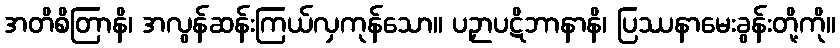
အတိစိတြာနိ၊ အလွန်ဆန်းကြယ်လှကုန်သော။ ပဉှာပဋိဘာနာနိ၊ ပြဿနာမေးခွန်းတို့ကို။